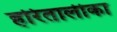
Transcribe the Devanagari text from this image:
हरितालीका